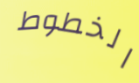
الخطوط